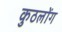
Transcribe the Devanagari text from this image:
कुठलोंग